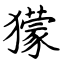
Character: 獴